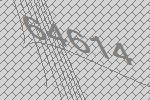
64614